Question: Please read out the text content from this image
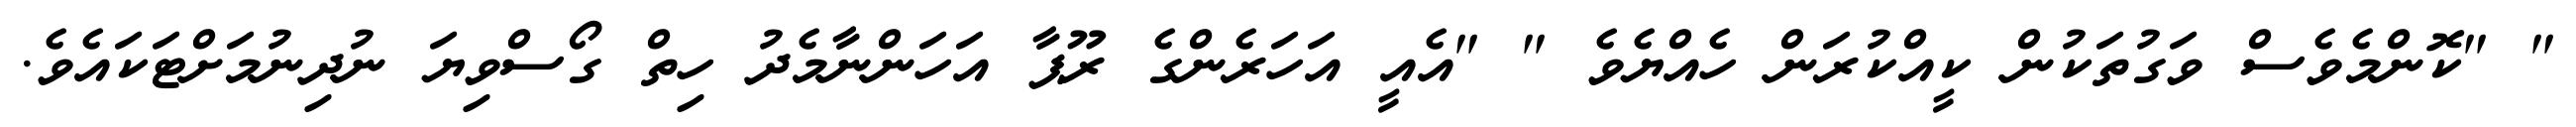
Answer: " "ކޮންމެވެސް ވަގުތަކުން ކީއްކުރަން ހެއްޔެވެ " "އެއީ އަހަރެންގެ ރޫޕާ އަހަންނާމެދު ހިތް ގޯސްވިޔަ ނުދިނުމަށްޓަކައެވެ.